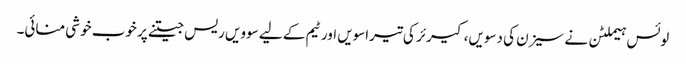
لوئس ہیملٹن نے سیزن کی دسویں، کیرئر کی تیراسویں اور ٹیم کے لیے سوویں ریس جیتنے پر خوب خوشی منائی۔